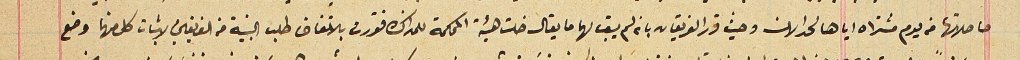
حاصلاتها من يوم مشتراه اياها لحد الان وحيث قرر الفريقان بانه لم يبق لها ما يقال خلت هيئة المحكمة للمذاكرة فقررت بالاتفاق طلب البينة من الفريقين لاثبات كل منها وضع